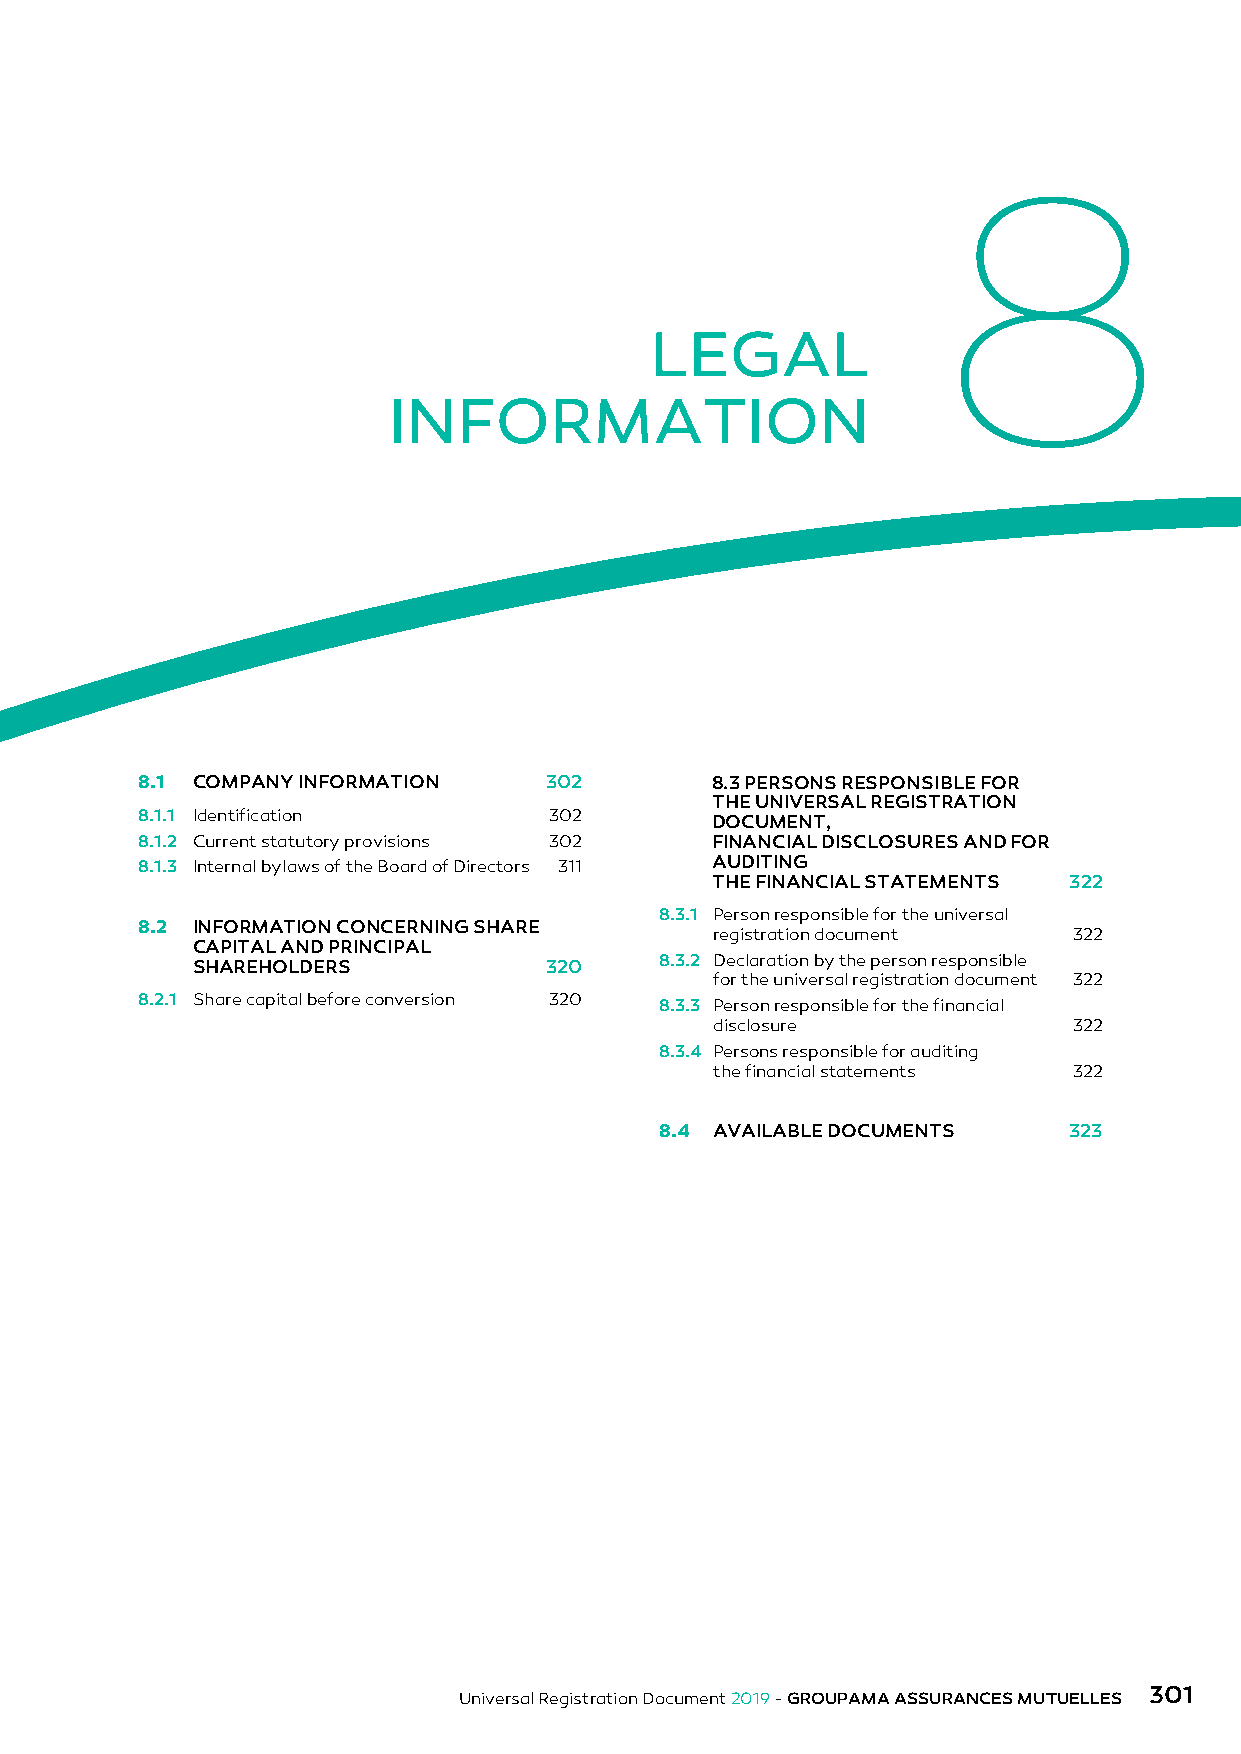
8
 LEGAL
 INFORMATION
 8.1 COMPANY INFORMATION    302        8.3 PERSONS RESPONSIBLE FOR
 THE UNIVERSAL REGISTRATION
 8.1.1 Identification       302
 DOCUMENT,
 8.1.2 Current statutory provisions 302 FINANCIAL DISCLOSURES AND FOR
 8.1.3 Internal bylaws of the Board of Directors 311 AUDITING
 THE FINANCIAL STATEMENTS 322
 8.3.1 Person responsible for the universal
 8.2 INFORMATION CONCERNING SHARE
 registration document   322
 CAPITAL AND PRINCIPAL
 SHAREHOLDERS           320     8.3.2 Declaration by the person responsible
 for the universal registration document 322
 8.2.1 Share capital before conversion 320
 8.3.3 Person responsible for the financial
 disclosure              322
 8.3.4 Persons responsible for auditing
 the financial statements 322
 8.4 AVAILABLE DOCUMENTS    323
 301
 Universal Registration Document 2019 - GROUPAMA ASSURANCES MUTUELLES